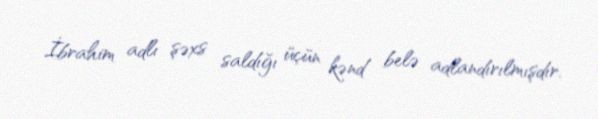
İbrahim adlı şəxs saldığı üçün kənd belə adlandırılmışdır.